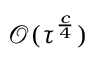
\mathcal { O } ( \tau ^ { \frac { c } { 4 } } )